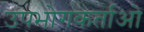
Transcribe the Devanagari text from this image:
उपभोगकर्ताओ